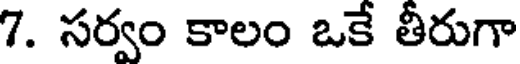
7. సర్వం కాలం ఒకే తీరుగా